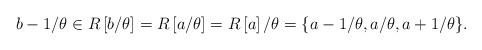
LaTeX: \begin{align*}b-1/\theta\in R\left[b/\theta\right]=R\left[a/\theta\right]=R\left[a\right]/\theta=\{a-1/\theta,a/\theta,a+1/\theta\}.\end{align*}